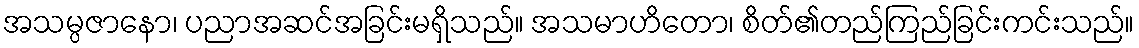
အသမ္ပဇာနော၊ ပညာအဆင်အခြင်းမရှိသည်။ အသမာဟိတော၊ စိတ်၏တည်ကြည်ခြင်းကင်းသည်။